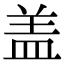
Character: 盖